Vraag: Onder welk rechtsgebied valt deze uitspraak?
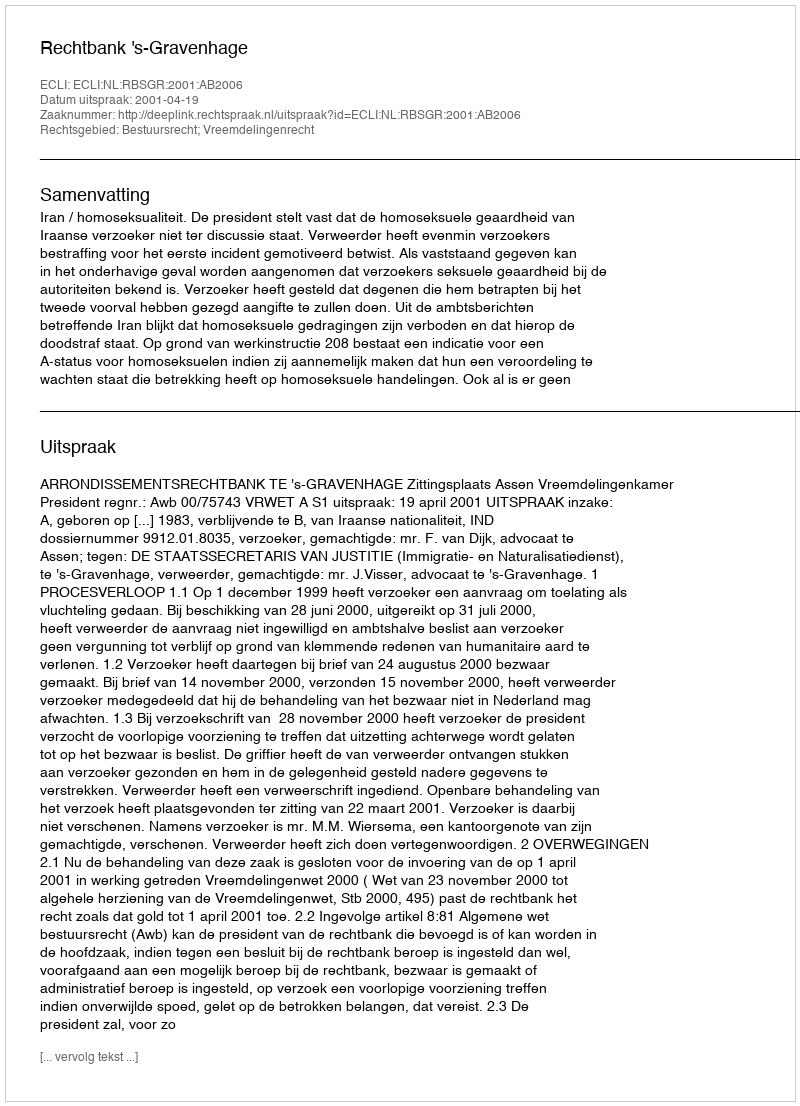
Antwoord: Bestuursrecht; Vreemdelingenrecht